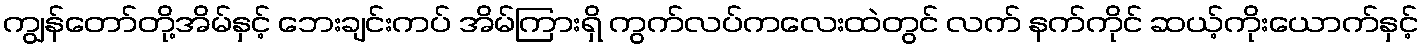
ကျွန်တော်တို့အိမ်နှင့် ဘေးချင်းကပ် အိမ်ကြားရှိ ကွက်လပ်ကလေးထဲတွင် လက် နက်ကိုင် ဆယ့်ကိုးယောက်နှင့်